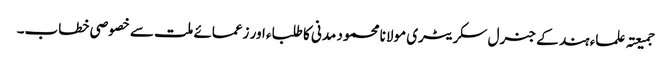
جمیعتہ علماء ہند کے جنرل سکریٹری مولانا محمود مدنی کا طلباء اور زعمائے ملت سے خصوصی خطاب۔